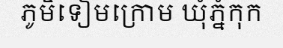
ភូមិទៀមក្រោម ឃុំភ្នំកុក